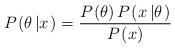
LaTeX: \begin{align*}P_{}\left( \theta\left\vert x\right. \right) =\frac{P_{}\left( \theta\right) P_{}\left( x\left\vert\theta\right. \right) }{P_{}\left( x\right) }\end{align*}